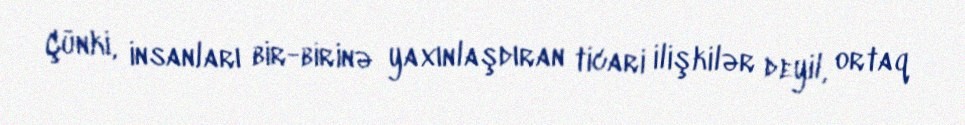
Çünki, insanları bir-birinə yaxınlaşdıran ticari ilişkilər deyil, ortaq